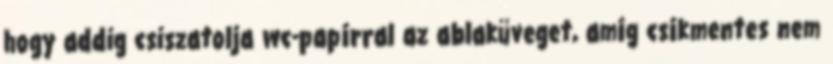
hogy addig csiszatolja wc-papírral az ablaküveget, amíg csíkmentes nem